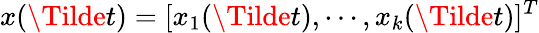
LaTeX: x(\Tilde{t})=[x_{1}(\Tilde{t}),\cdots,x_{k}(\Tilde{t})]^{T}